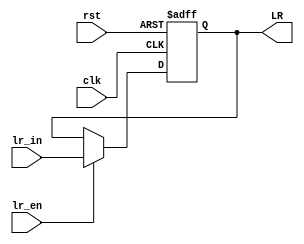
module link_reg 					
 (    
	input		rst,
	input 		clk,
       
	input 		lr_en, 		// write port  
	input 		[7:0]	lr_in,  
        
	output 	reg [7:0]	LR		//read port
 );  
 
	always @ (negedge clk or posedge rst) begin 	

		if(rst) begin  				//resets registers
		LR <= 8'b0;
		end

		else begin					
			if(lr_en) begin  	
				LR <= lr_in;  	//writes new values to link_reg
			end  
		end  
	end

endmodule